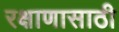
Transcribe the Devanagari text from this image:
रक्षाणासाठी